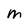
Character: M